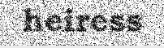
heiress